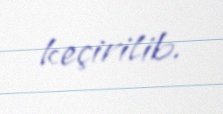
keçirilib.